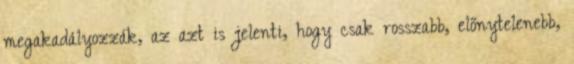
megakadályozzák, az azt is jelenti, hogy csak rosszabb, előnytelenebb,